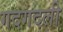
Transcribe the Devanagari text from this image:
गदगदली